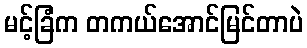
မင့်ခြံက တကယ်အောင်မြင်တာပဲ